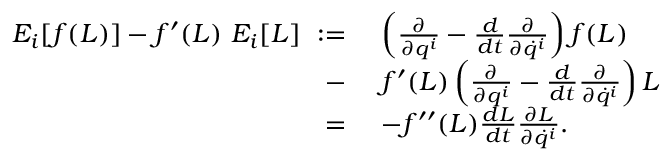
\begin{array} { r l } { E _ { i } [ f ( L ) ] - f ^ { \prime } ( L ) ~ E _ { i } [ L ] ~ : = ~ } & { \left( \frac { \partial } { \partial q ^ { i } } - \frac { d } { d t } \frac { \partial } { \partial \dot { q } ^ { i } } \right) f ( L ) } \\ { ~ - ~ } & { f ^ { \prime } ( L ) \left( \frac { \partial } { \partial q ^ { i } } - \frac { d } { d t } \frac { \partial } { \partial \dot { q } ^ { i } } \right) L } \\ { ~ = ~ } & { - f ^ { \prime \prime } ( L ) \frac { d L } { d t } \frac { \partial L } { \partial \dot { q } ^ { i } } . } \end{array}